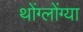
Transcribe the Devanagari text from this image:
थोंग्लोंग्या